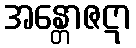
အန္တောဇဋာ